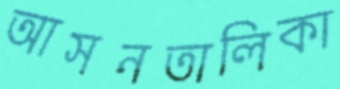
আসনতালিকা